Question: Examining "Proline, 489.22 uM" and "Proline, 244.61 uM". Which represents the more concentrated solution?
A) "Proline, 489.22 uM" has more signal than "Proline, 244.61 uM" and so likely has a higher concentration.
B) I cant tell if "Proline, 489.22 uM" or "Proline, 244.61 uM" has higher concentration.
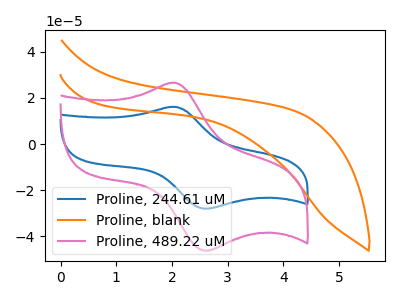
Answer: <think>The blue curve "Proline, 244.61 uM" has an anodic peak at (2.05V, 16.15uA) and a cathodic peak at (2.60V, -28.15uA). The orange curve "Proline, blank" has no peaks. The pink curve "Proline, 489.22 uM" has an anodic peak at (2.05V, 26.70uA) and a cathodic peak at (2.60V, -46.40uA).
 All the peaks in "Proline, 489.22 uM" have a peak in "Proline, 244.61 uM" at the same potential. Every peak in "Proline, 489.22 uM" is higher than every peak in "Proline, 244.61 uM".</think>
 <answer>A) "Proline, 489.22 uM" has more signal than "Proline, 244.61 uM" and so likely has a higher concentration.</answer>
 <eval>A</eval>